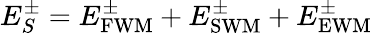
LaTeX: E_{S}^{\pm}=E_{\mathrm{FWM}}^{\pm}+E_{\mathrm{SWM}}^{\pm}+E_{\mathrm{EWM}}^{\pm}